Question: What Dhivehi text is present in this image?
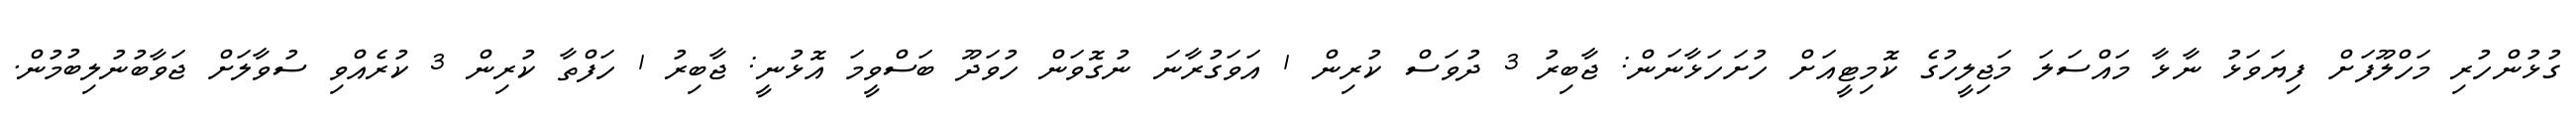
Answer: ގުޅުންހުރި މަހްލޫފަށް ފިޔަވަޅު ނާޅާ މައްސަލަ މަޖިލީހުގެ ކޮމިޓީއަށް ހުށަހަޅާނަން: ޖާބިރު 3 ދުވަސް ކުރިން 1 އަވަގުރާނަ ނުގޮވަން ހުވަދޫ ބަސްވީމަ އޮޅުނީ: ޖާބިރު 1 ހަފްތާ ކުރިން 3 ކުރެއްވި ސުވާލަށް ޖަވާބުނުލިބުމުން.